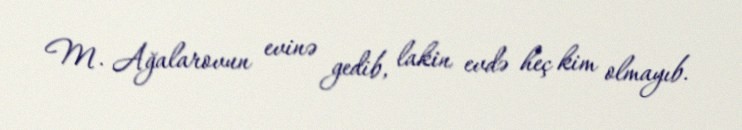
M. Ağalarovun evinə gedib, lakin evdə heç kim olmayıb.